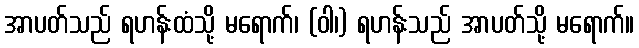
အာပတ်သည် ရဟန်းထံသို့ မရောက်၊ (ဝါ၊) ရဟန်းသည် အာပတ်သို့ မရောက်။